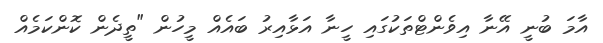
އާމަ ބުނީ އޭނާ އިވެންޓްތަކުގައި ހީނާ އަޅާއިރު ބައެއް މީހުން "ތީދެން ކޮންކަމެއް